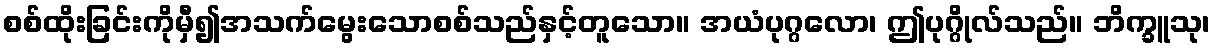
စစ်ထိုးခြင်းကိုမှီ၍အသက်မွေးသောစစ်သည်နှင့်တူသော။ အယံပုဂ္ဂလော၊ ဤပုဂ္ဂိုလ်သည်။ ဘိက္ခူသု၊